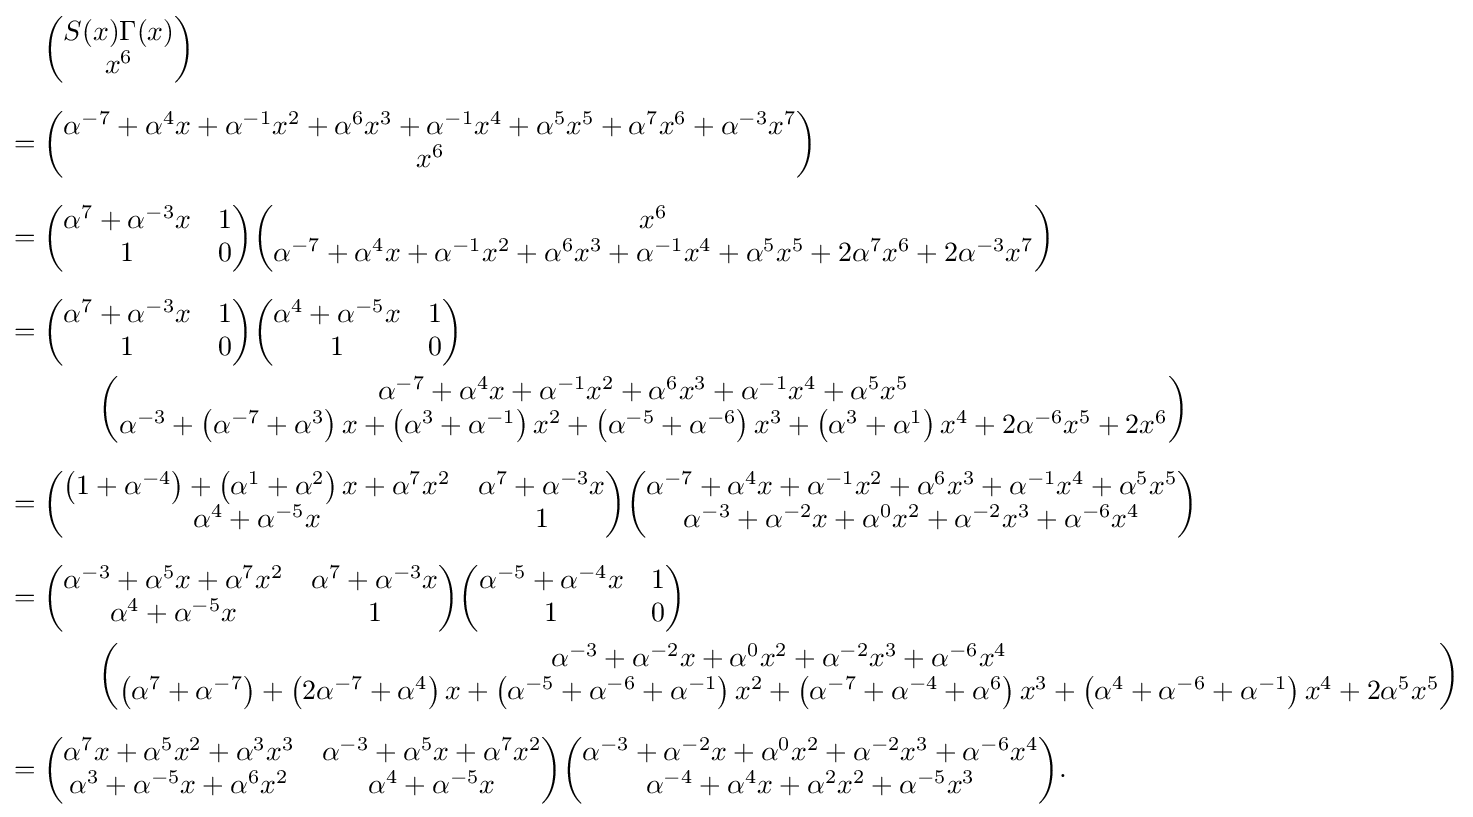
{\begin{aligned}&{\begin{pmatrix}S(x)\Gamma (x)\\x^{6}\end{pmatrix}}\\[6pt]={}&{\begin{pmatrix}\alpha ^{-7}+\alpha ^{4}x+\alpha ^{-1}x^{2}+\alpha ^{6}x^{3}+\alpha ^{-1}x^{4}+\alpha ^{5}x^{5}+\alpha ^{7}x^{6}+\alpha ^{-3}x^{7}\\x^{6}\end{pmatrix}}\\[6pt]={}&{\begin{pmatrix}\alpha ^{7}+\alpha ^{-3}x&1\\1&0\end{pmatrix}}{\begin{pmatrix}x^{6}\\\alpha ^{-7}+\alpha ^{4}x+\alpha ^{-1}x^{2}+\alpha ^{6}x^{3}+\alpha ^{-1}x^{4}+\alpha ^{5}x^{5}+2\alpha ^{7}x^{6}+2\alpha ^{-3}x^{7}\end{pmatrix}}\\[6pt]={}&{\begin{pmatrix}\alpha ^{7}+\alpha ^{-3}x&1\\1&0\end{pmatrix}}{\begin{pmatrix}\alpha ^{4}+\alpha ^{-5}x&1\\1&0\end{pmatrix}}\\&\qquad {\begin{pmatrix}\alpha ^{-7}+\alpha ^{4}x+\alpha ^{-1}x^{2}+\alpha ^{6}x^{3}+\alpha ^{-1}x^{4}+\alpha ^{5}x^{5}\\\alpha ^{-3}+\left(\alpha ^{-7}+\alpha ^{3}\right)x+\left(\alpha ^{3}+\alpha ^{-1}\right)x^{2}+\left(\alpha ^{-5}+\alpha ^{-6}\right)x^{3}+\left(\alpha ^{3}+\alpha ^{1}\right)x^{4}+2\alpha ^{-6}x^{5}+2x^{6}\end{pmatrix}}\\[6pt]={}&{\begin{pmatrix}\left(1+\alpha ^{-4}\right)+\left(\alpha ^{1}+\alpha ^{2}\right)x+\alpha ^{7}x^{2}&\alpha ^{7}+\alpha ^{-3}x\\\alpha ^{4}+\alpha ^{-5}x&1\end{pmatrix}}{\begin{pmatrix}\alpha ^{-7}+\alpha ^{4}x+\alpha ^{-1}x^{2}+\alpha ^{6}x^{3}+\alpha ^{-1}x^{4}+\alpha ^{5}x^{5}\\\alpha ^{-3}+\alpha ^{-2}x+\alpha ^{0}x^{2}+\alpha ^{-2}x^{3}+\alpha ^{-6}x^{4}\end{pmatrix}}\\[6pt]={}&{\begin{pmatrix}\alpha ^{-3}+\alpha ^{5}x+\alpha ^{7}x^{2}&\alpha ^{7}+\alpha ^{-3}x\\\alpha ^{4}+\alpha ^{-5}x&1\end{pmatrix}}{\begin{pmatrix}\alpha ^{-5}+\alpha ^{-4}x&1\\1&0\end{pmatrix}}\\&\qquad {\begin{pmatrix}\alpha ^{-3}+\alpha ^{-2}x+\alpha ^{0}x^{2}+\alpha ^{-2}x^{3}+\alpha ^{-6}x^{4}\\\left(\alpha ^{7}+\alpha ^{-7}\right)+\left(2\alpha ^{-7}+\alpha ^{4}\right)x+\left(\alpha ^{-5}+\alpha ^{-6}+\alpha ^{-1}\right)x^{2}+\left(\alpha ^{-7}+\alpha ^{-4}+\alpha ^{6}\right)x^{3}+\left(\alpha ^{4}+\alpha ^{-6}+\alpha ^{-1}\right)x^{4}+2\alpha ^{5}x^{5}\end{pmatrix}}\\[6pt]={}&{\begin{pmatrix}\alpha ^{7}x+\alpha ^{5}x^{2}+\alpha ^{3}x^{3}&\alpha ^{-3}+\alpha ^{5}x+\alpha ^{7}x^{2}\\\alpha ^{3}+\alpha ^{-5}x+\alpha ^{6}x^{2}&\alpha ^{4}+\alpha ^{-5}x\end{pmatrix}}{\begin{pmatrix}\alpha ^{-3}+\alpha ^{-2}x+\alpha ^{0}x^{2}+\alpha ^{-2}x^{3}+\alpha ^{-6}x^{4}\\\alpha ^{-4}+\alpha ^{4}x+\alpha ^{2}x^{2}+\alpha ^{-5}x^{3}\end{pmatrix}}.\end{aligned}}